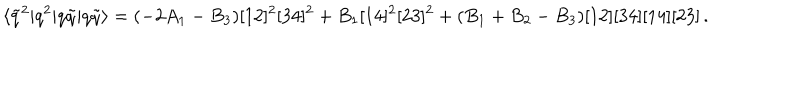
\langle \tilde { q } ^ { 2 } | q ^ { 2 } | q \tilde { q } | q \tilde { q } \rangle = ( - 2 A _ { 1 } - B _ { 3 } ) [ 1 2 ] ^ { 2 } [ 3 4 ] ^ { 2 } + B _ { 1 } [ 1 4 ] ^ { 2 } [ 2 3 ] ^ { 2 } + ( B _ { 1 } + B _ { 2 } - B _ { 3 } ) [ 1 2 ] [ 3 4 ] [ 1 4 ] [ 2 3 ] \, .